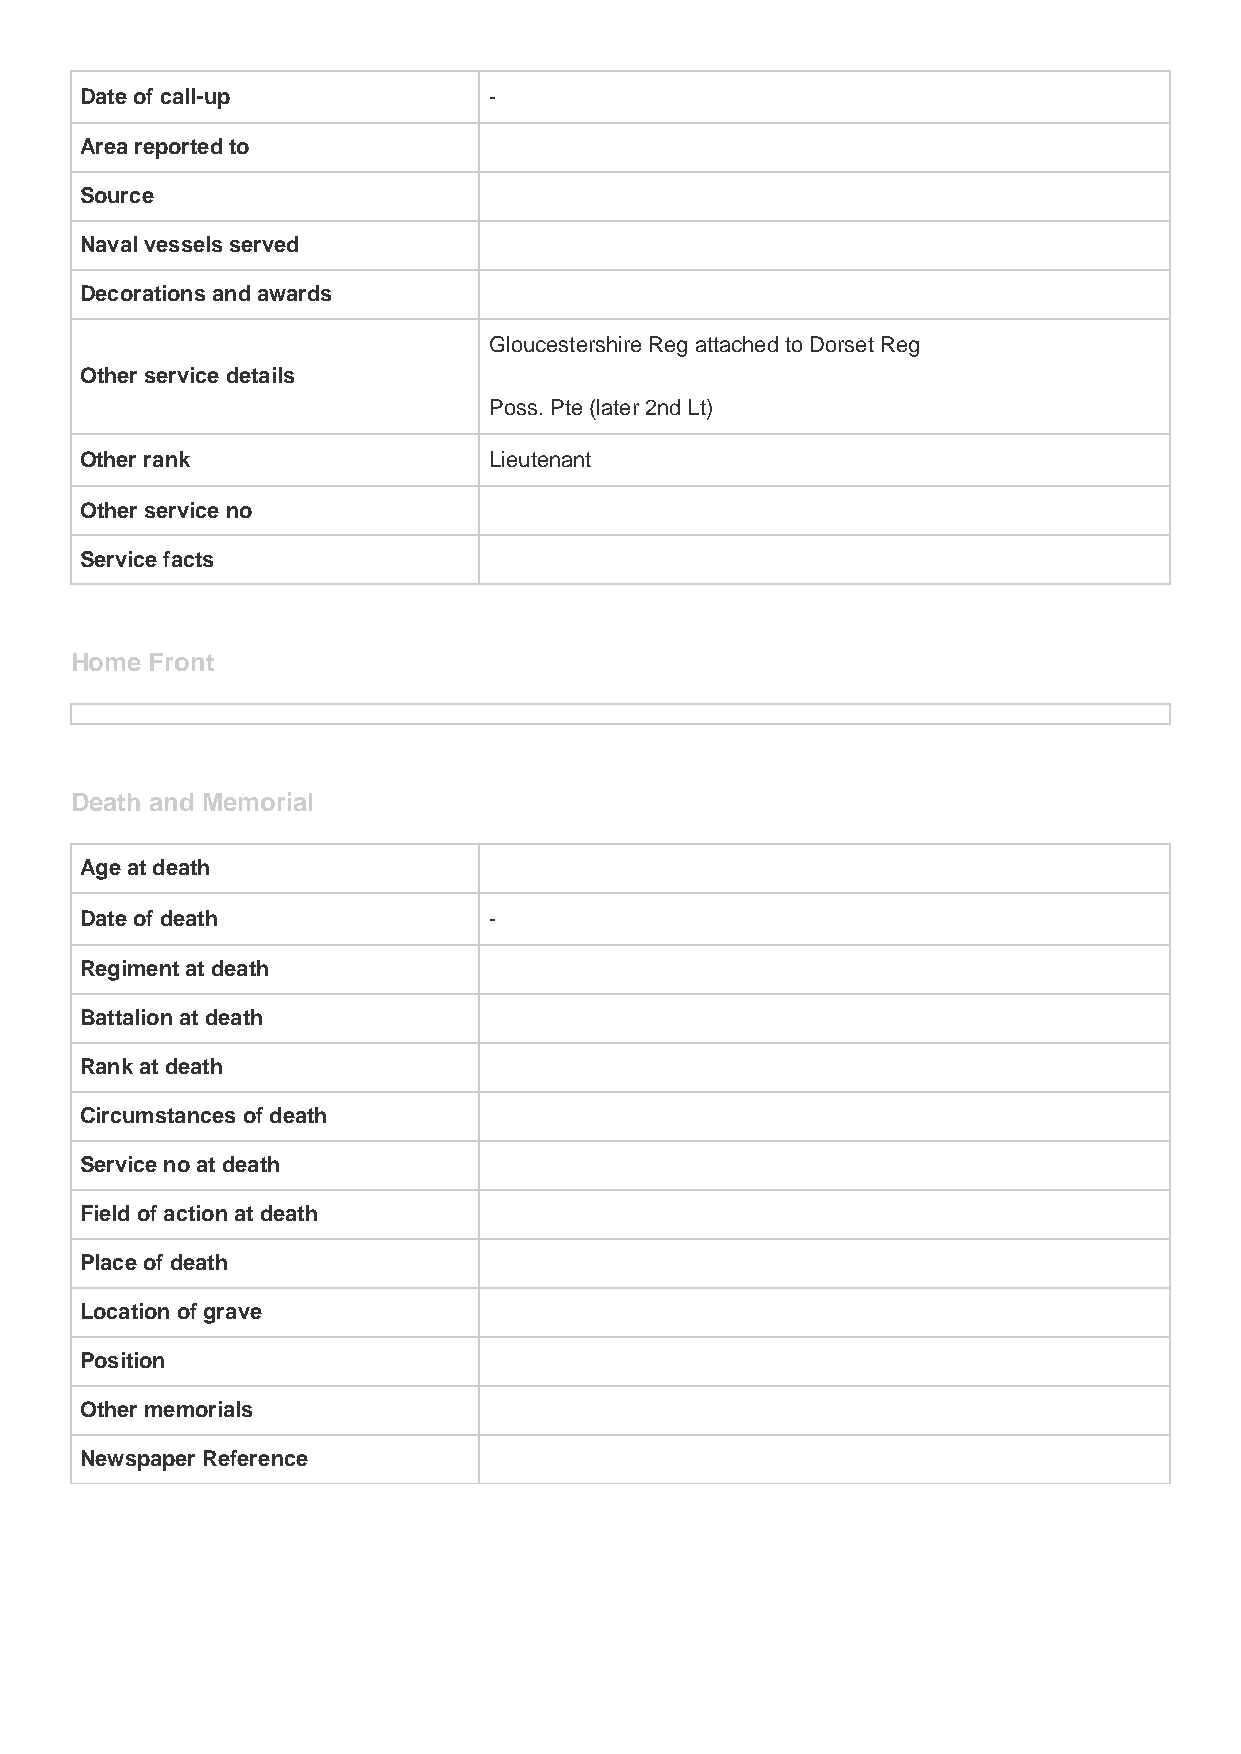
Date of call-up            -
 Area reported to
 Source
 Naval vessels served
 Decorations and awards
 Gloucestershire Reg attached to Dorset Reg
 Other service details
 Poss. Pte (later 2nd Lt)
 Other rank                 Lieutenant
 Other service no
 Service facts
 Home Front
 Death and Memorial
 Age at death
 Date of death              -
 Regiment at death
 Battalion at death
 Rank at death
 Circumstances of death
 Service no at death
 Field of action at death
 Place of death
 Location of grave
 Position
 Other memorials
 Newspaper Reference